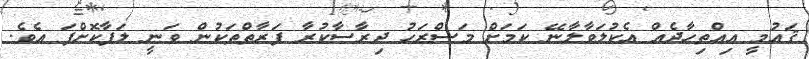
ޤައުމީ އިއްތިހާދެއް އެކުލަވާލާނޭ ކަމަށް މަސްރަހު ދިރާސާކުރާ ފަރާތްތަކުން ވަނީ ލަފާކޮށްފަ އެވެ.